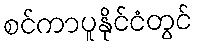
စင်ကာပူနိုင်ငံတွင်